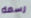
رسمه